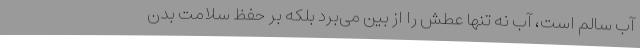
آب سالم است، آب نه تنها عطش را از بین می‌برد بلکه بر حفظ سلامت بدن